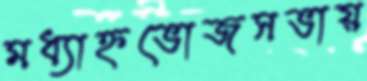
মধ্যাহ্নভোজসভায়